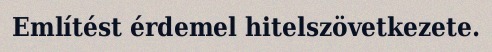
Említést érdemel hitelszövetkezete.